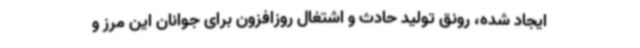
ایجاد شده، رونق تولید حادث و اشتغال روزافزون برای جوانان این مرز و